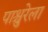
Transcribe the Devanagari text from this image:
पाश्चुरेला